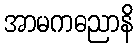
အာမကဓညာနိ